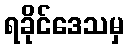
ရခိုင်ဒေသမှ